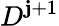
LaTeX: D^{\mathbf{j}+1}